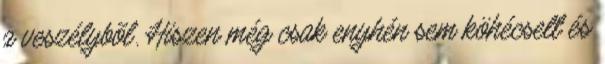
a veszélybõl. Hiszen még csak enyhén sem köhécselt és